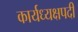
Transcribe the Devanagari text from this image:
कार्यध्यक्षपदी